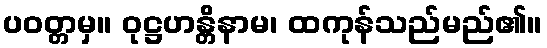
ပဝတ္တမှ။ ဝုဋ္ဌဟန္တိနာမ၊ ထကုန်သည်မည်၏။